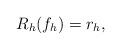
LaTeX: \begin{align*} R_h(f_h) = r_h,\end{align*}